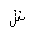
Letter: _shin